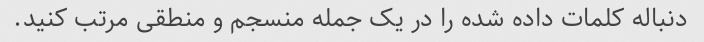
دنباله کلمات داده شده را در یک جمله منسجم و منطقی مرتب کنید.